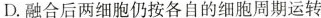
D.融合后两细胞仍按各自的细胞周期运转